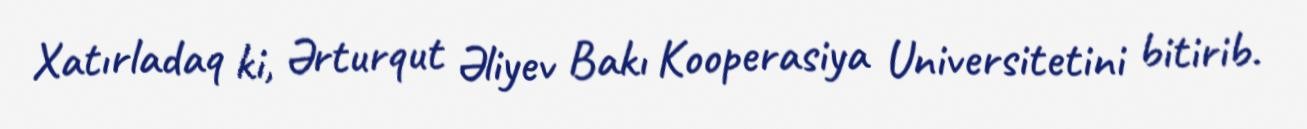
Xatırladaq ki, Ərturqut Əliyev Bakı Kooperasiya Universitetini bitirib.